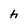
Character: h